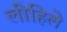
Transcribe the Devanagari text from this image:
लीहिले